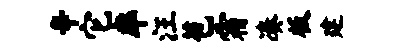
辛它率汪苞霜凑板建